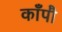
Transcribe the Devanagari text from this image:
काँपौ